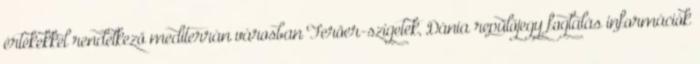
értékekkel rendelkező mediterrán városban Feröer-szigetek, Dánia repülőjegy foglalás információk